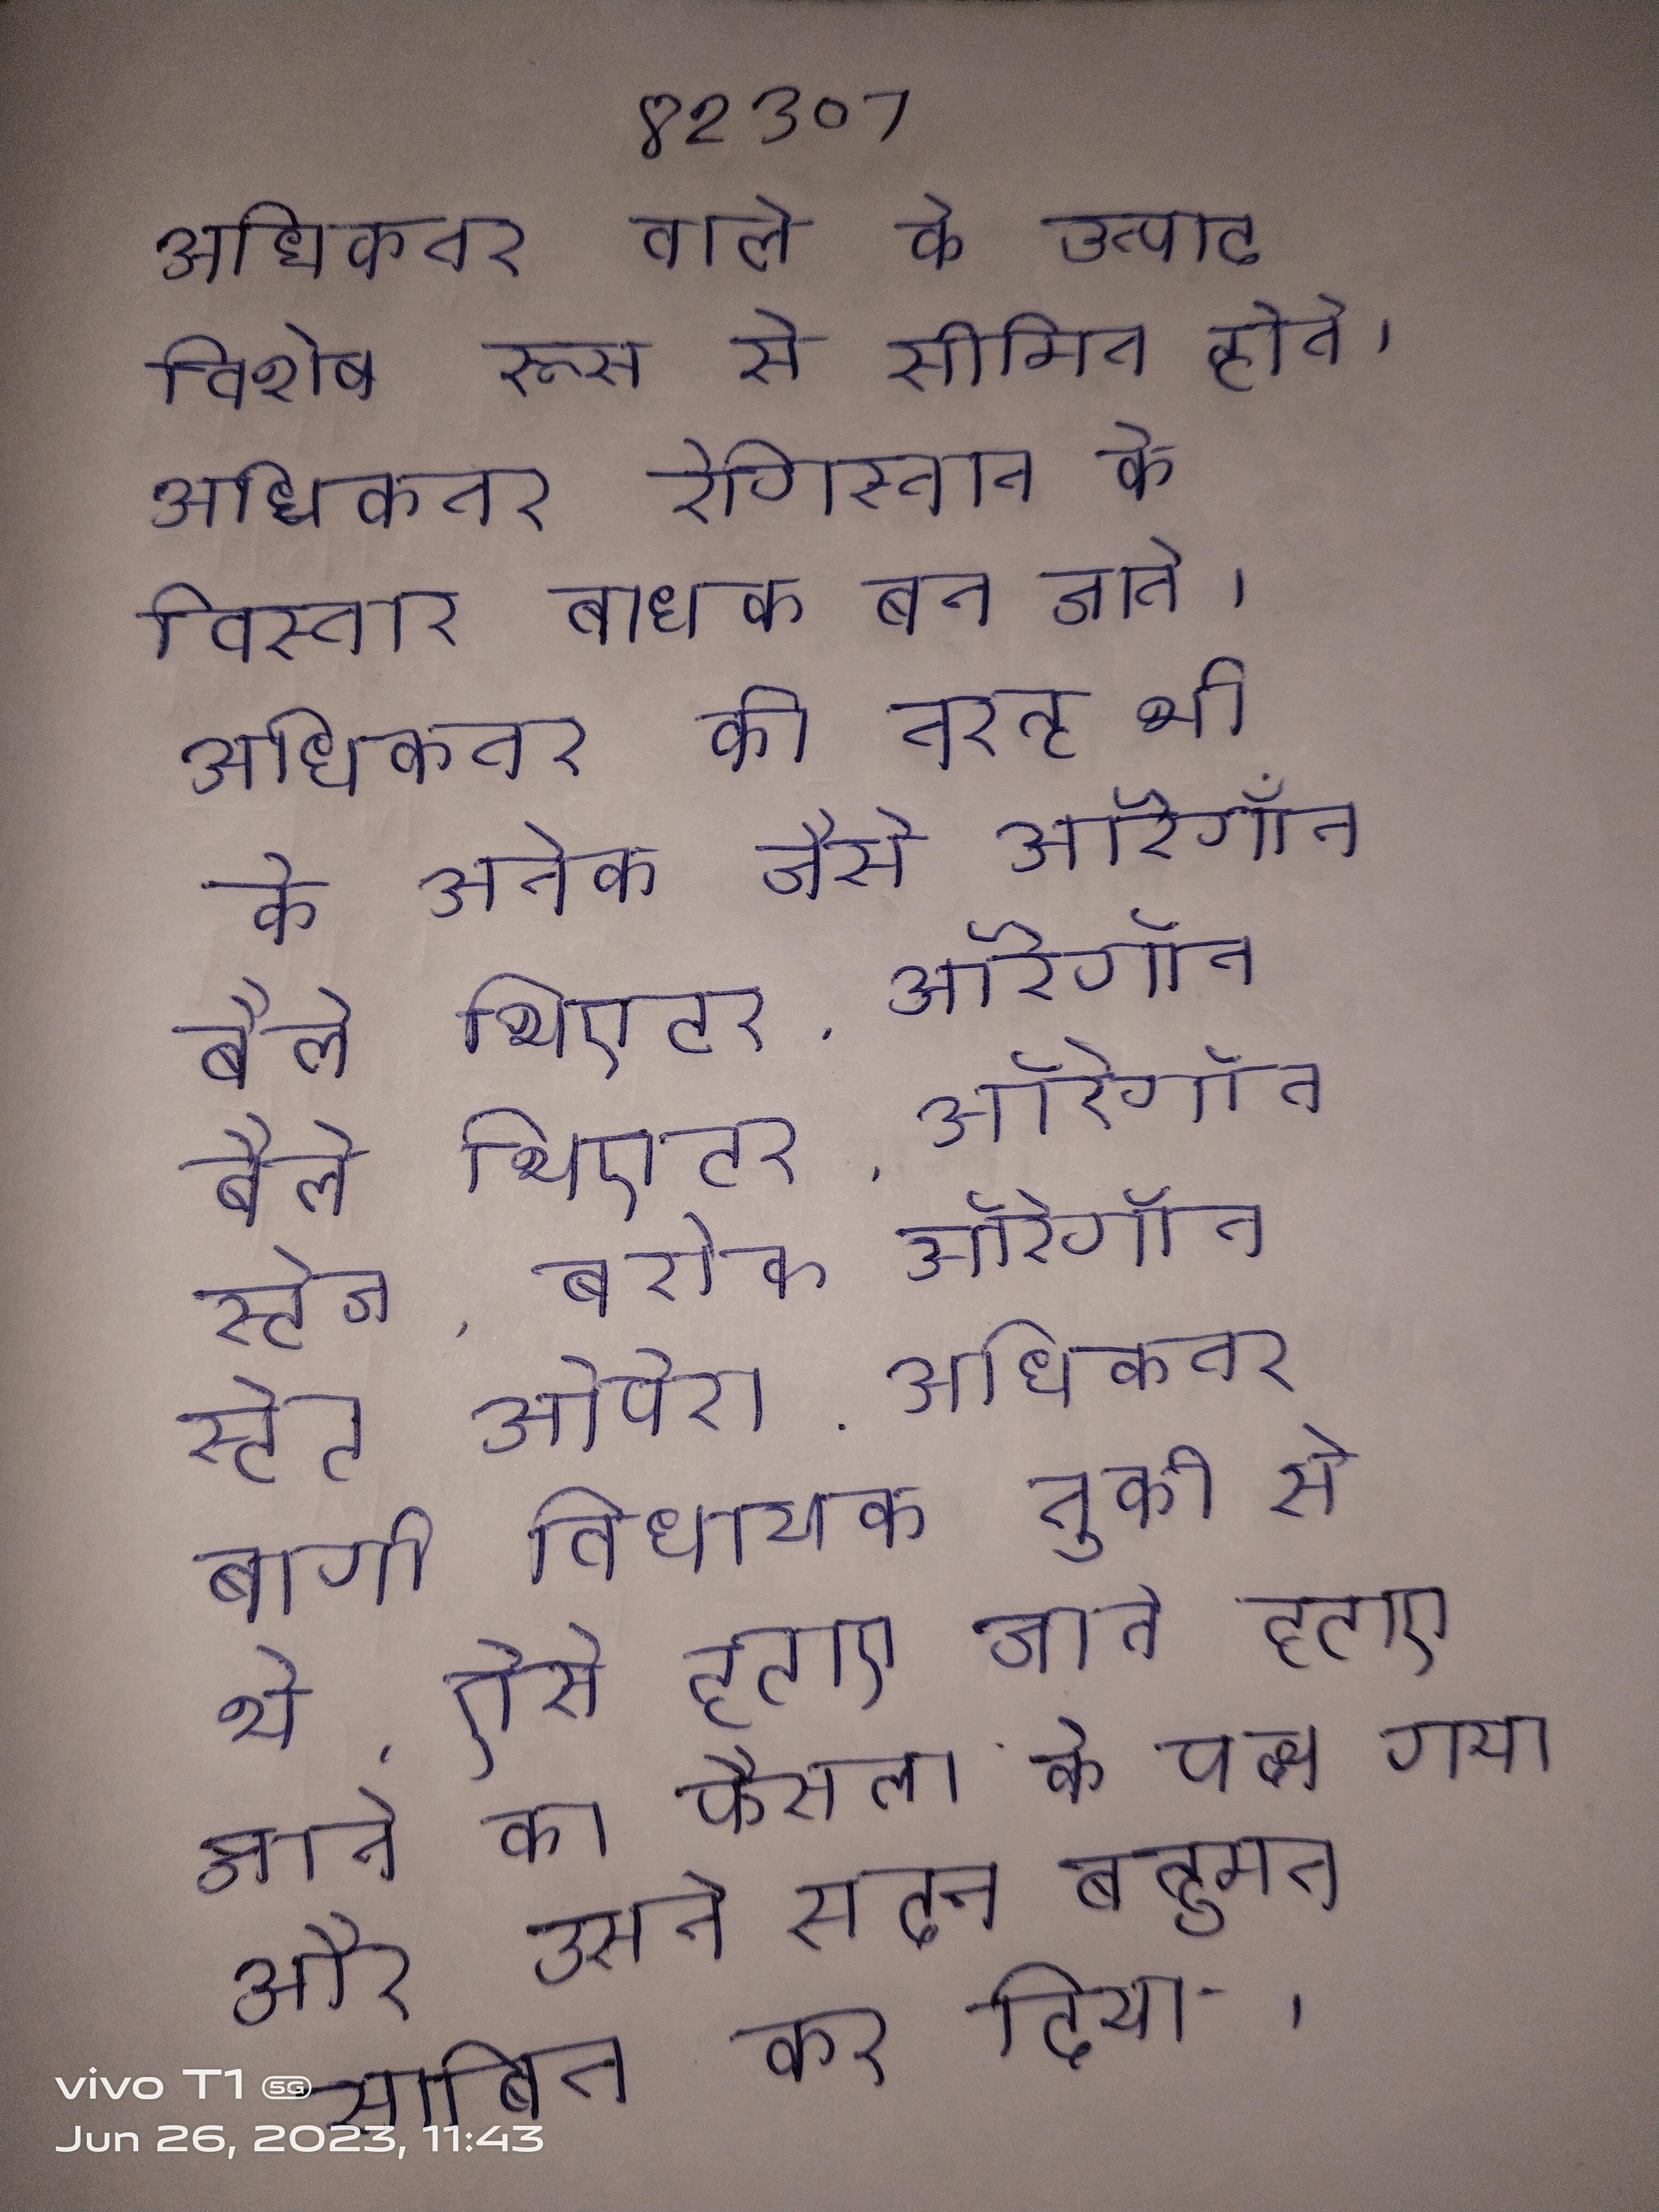
अधिकतर वाले के उत्पाद विशेष रूप से सीमित होते । अधिकतर रेगिस्तान के विस्तार बाधक बन जाते । अधिकतर की तरह भी के अनेक जैसे ऑरेगॉन बैले थिएटर, ऑरेगॉन स्टेज, बरोक ऑर्केस्ट्रा और ओपेरा . अधिकतर बागी विधायक तुकी से थे, ऐसे हटाए जाने का फैसला के पक्ष गया और उसने सदन बहुमत साबित कर दिया ।